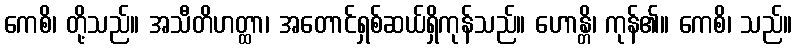
ကေစိ၊ တို့သည်။ အသီတိဟတ္ထာ၊ အတောင်ရှစ်ဆယ်ရှိကုန်သည်။ ဟောန္တိ၊ ကုန်၏။ ကေစိ၊ သည်။